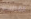
القطب